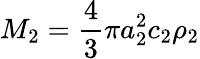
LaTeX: M_{2}=\displaystyle\frac{4}{3}\pi a_{2}^{2}c_{2}\rho_{2}